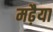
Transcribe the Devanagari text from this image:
मढ़ैया